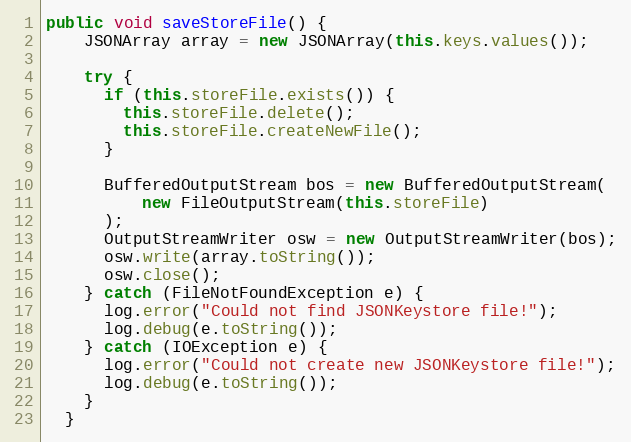
Language: Java
public void saveStoreFile() {
    JSONArray array = new JSONArray(this.keys.values());

    try {
      if (this.storeFile.exists()) {
        this.storeFile.delete();
        this.storeFile.createNewFile();
      }

      BufferedOutputStream bos = new BufferedOutputStream(
          new FileOutputStream(this.storeFile)
      );
      OutputStreamWriter osw = new OutputStreamWriter(bos);
      osw.write(array.toString());
      osw.close();
    } catch (FileNotFoundException e) {
      log.error("Could not find JSONKeystore file!");
      log.debug(e.toString());
    } catch (IOException e) {
      log.error("Could not create new JSONKeystore file!");
      log.debug(e.toString());
    }
  }